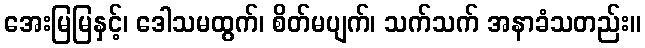
အေးမြမြနှင့်၊ ဒေါသမထွက်၊ စိတ်မပျက်၊ သက်သက် အနာခံသတည်း။